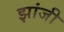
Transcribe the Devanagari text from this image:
झांजी